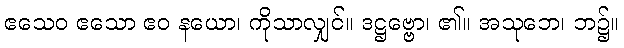
ဧသေဝ ဧသော ဧဝ နယော၊ ကိုသာလျှင်။ ဒဋ္ဌဗ္ဗော၊ ၏။ အသုဘေ၊ ဘ၌။